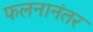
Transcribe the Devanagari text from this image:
फलनानंतर